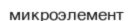
микроэлемент